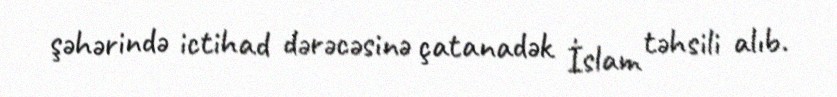
şəhərində ictihad dərəcəsinə çatanadək İslam təhsili alıb.